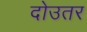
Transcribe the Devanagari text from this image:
दोउतर